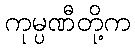
ကုမ္ပဏီတို့က